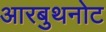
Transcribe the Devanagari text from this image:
आरबुथनोट